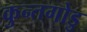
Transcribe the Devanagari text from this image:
कुन्तगोडु